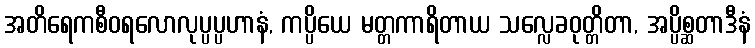
အတိရေကစီဝရလောလုပ္ပပ္ပဟာနံ, ကပ္ပိယေ မတ္တကာရိတာယ သလ္လေခဝုတ္တိတာ, အပ္ပိစ္ဆတာဒီနံ